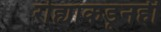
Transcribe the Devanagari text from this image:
रोह्याकडूनही